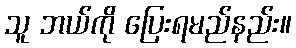
သူ ဘယ်ကို ပြေးရမည်နည်း။